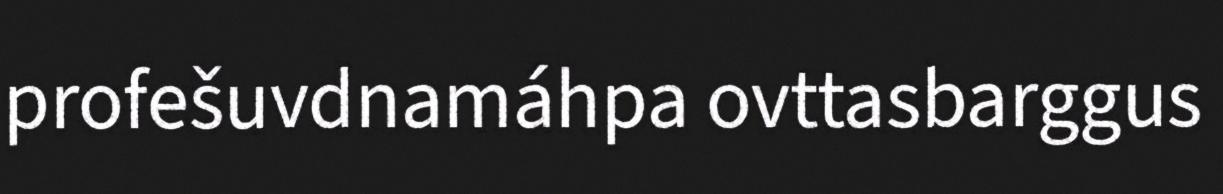
profešuvdnamáhpa ovttasbarggus